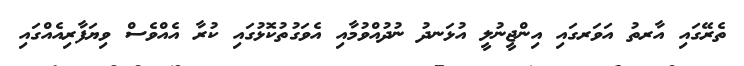
ތެރޭގައި އާރތު އަވަރގައި އިންޖީނުލީ އުޅަނދު ނުދުއްވުމާއި އެވަގުތުކޮޅުގައި ކުރާ އެއްވެސް ވިޔަފާރިއެއްގައި